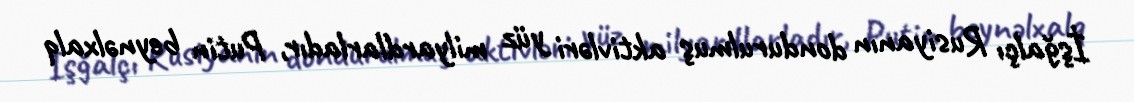
İşğalçı Rusiyanın dondurulmuş aktivləri yüz milyardlarladır, Putin beynəlxalq